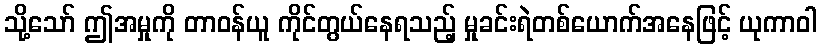
သို့သော် ဤအမှုကို တာဝန်ယူ ကိုင်တွယ်နေရသည့် မှုခင်းရဲတစ်ယောက်အနေဖြင့် ယုကာဝါ